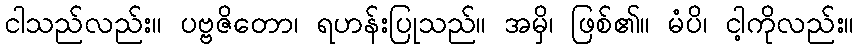
ငါသည်လည်း။ ပဗ္ဗဇိတော၊ ရဟန်းပြုသည်။ အမှိ၊ ဖြစ်၏။ မံပိ၊ ငါ့ကိုလည်း။